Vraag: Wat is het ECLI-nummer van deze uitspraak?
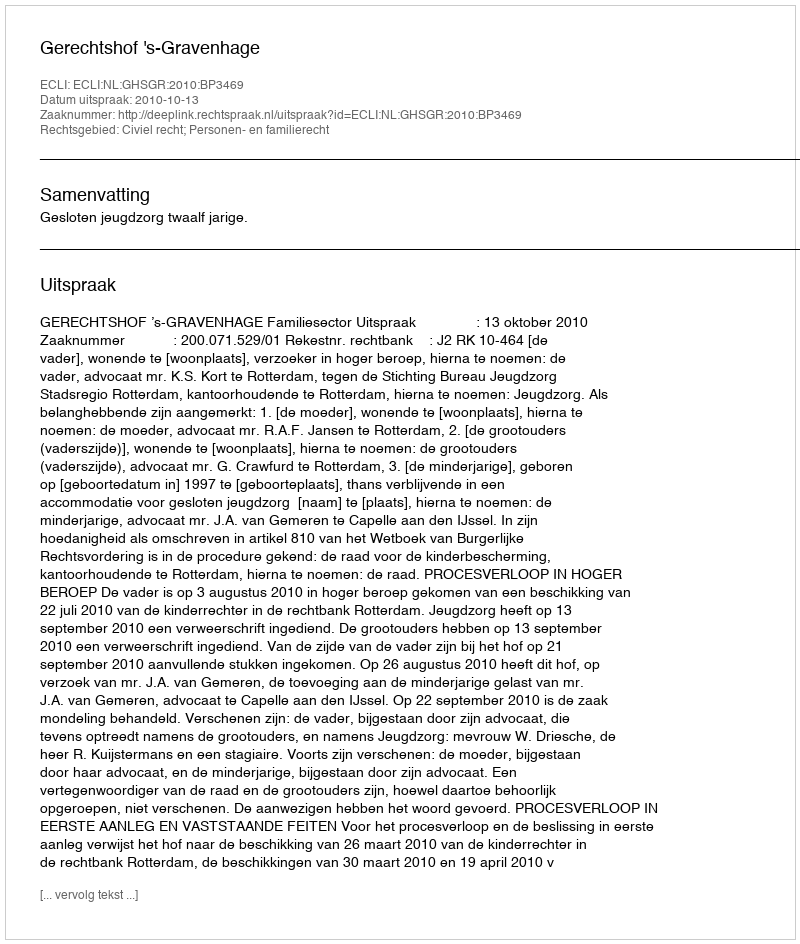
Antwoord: ECLI:NL:GHSGR:2010:BP3469